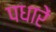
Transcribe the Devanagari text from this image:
पधारें